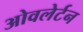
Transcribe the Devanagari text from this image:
ओवलेर्टन